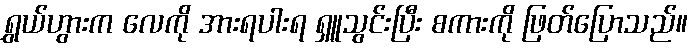
ရွှယ်ဟွားက လေကို အားရပါးရ ရှူသွင်းပြီး စကားကို ဖြတ်ပြောသည်။